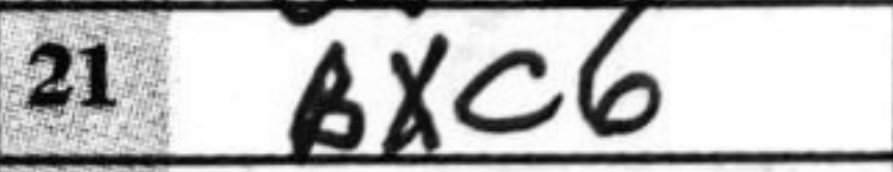
Transcription: Bxc6